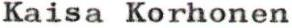
Kaisa Korhonen